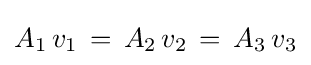
A_{1}\,v_{1}\,=\,A_{2}\,v_{2}\,=\,A_{3}\,v_{3}